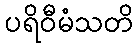
ပရိဝီမံသတိ